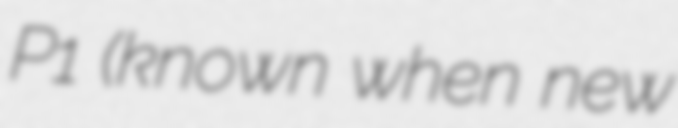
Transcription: P1 (known when new